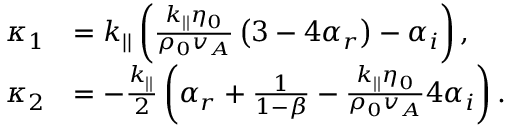
\begin{array} { r l } { \kappa _ { 1 } } & { = k _ { | | } \left( \frac { k _ { | | } \eta _ { 0 } } { \rho _ { 0 } v _ { A } } \left( 3 - 4 \alpha _ { r } \right) - \alpha _ { i } \right) , } \\ { \kappa _ { 2 } } & { = - \frac { k _ { | | } } { 2 } \left( \alpha _ { r } + \frac { 1 } { 1 - \beta } - \frac { k _ { | | } \eta _ { 0 } } { \rho _ { 0 } v _ { A } } 4 \alpha _ { i } \right) . } \end{array}